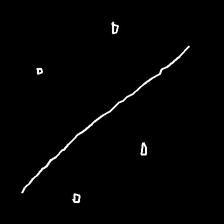
Glyph: cool